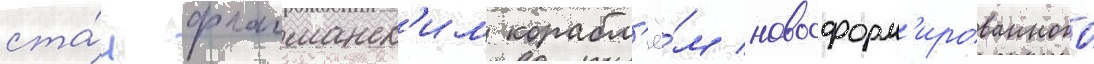
ста́л флагманск'им корабл'ё́м новосформ'ированного